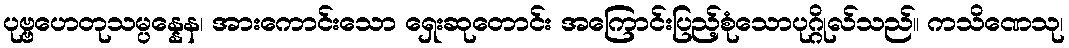
ပုဗ္ဗဟေတုသမ္ပန္နေန၊ အားကောင်းသော ရှေးဆုတောင်း အကြောင်းပြည့်စုံသောပုဂ္ဂိုလ်သည်။ ကသိဏေသု၊